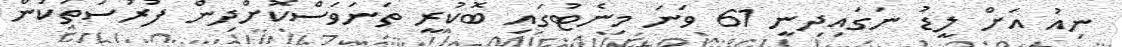
ނިއު އަށް ލީޑު ނަގައިދިނީ 61 ވަނަ މިނެޓުގައި ބޮކުރީ ތަނަވަސްކޮށްދިން ފުރުސަތަކުން